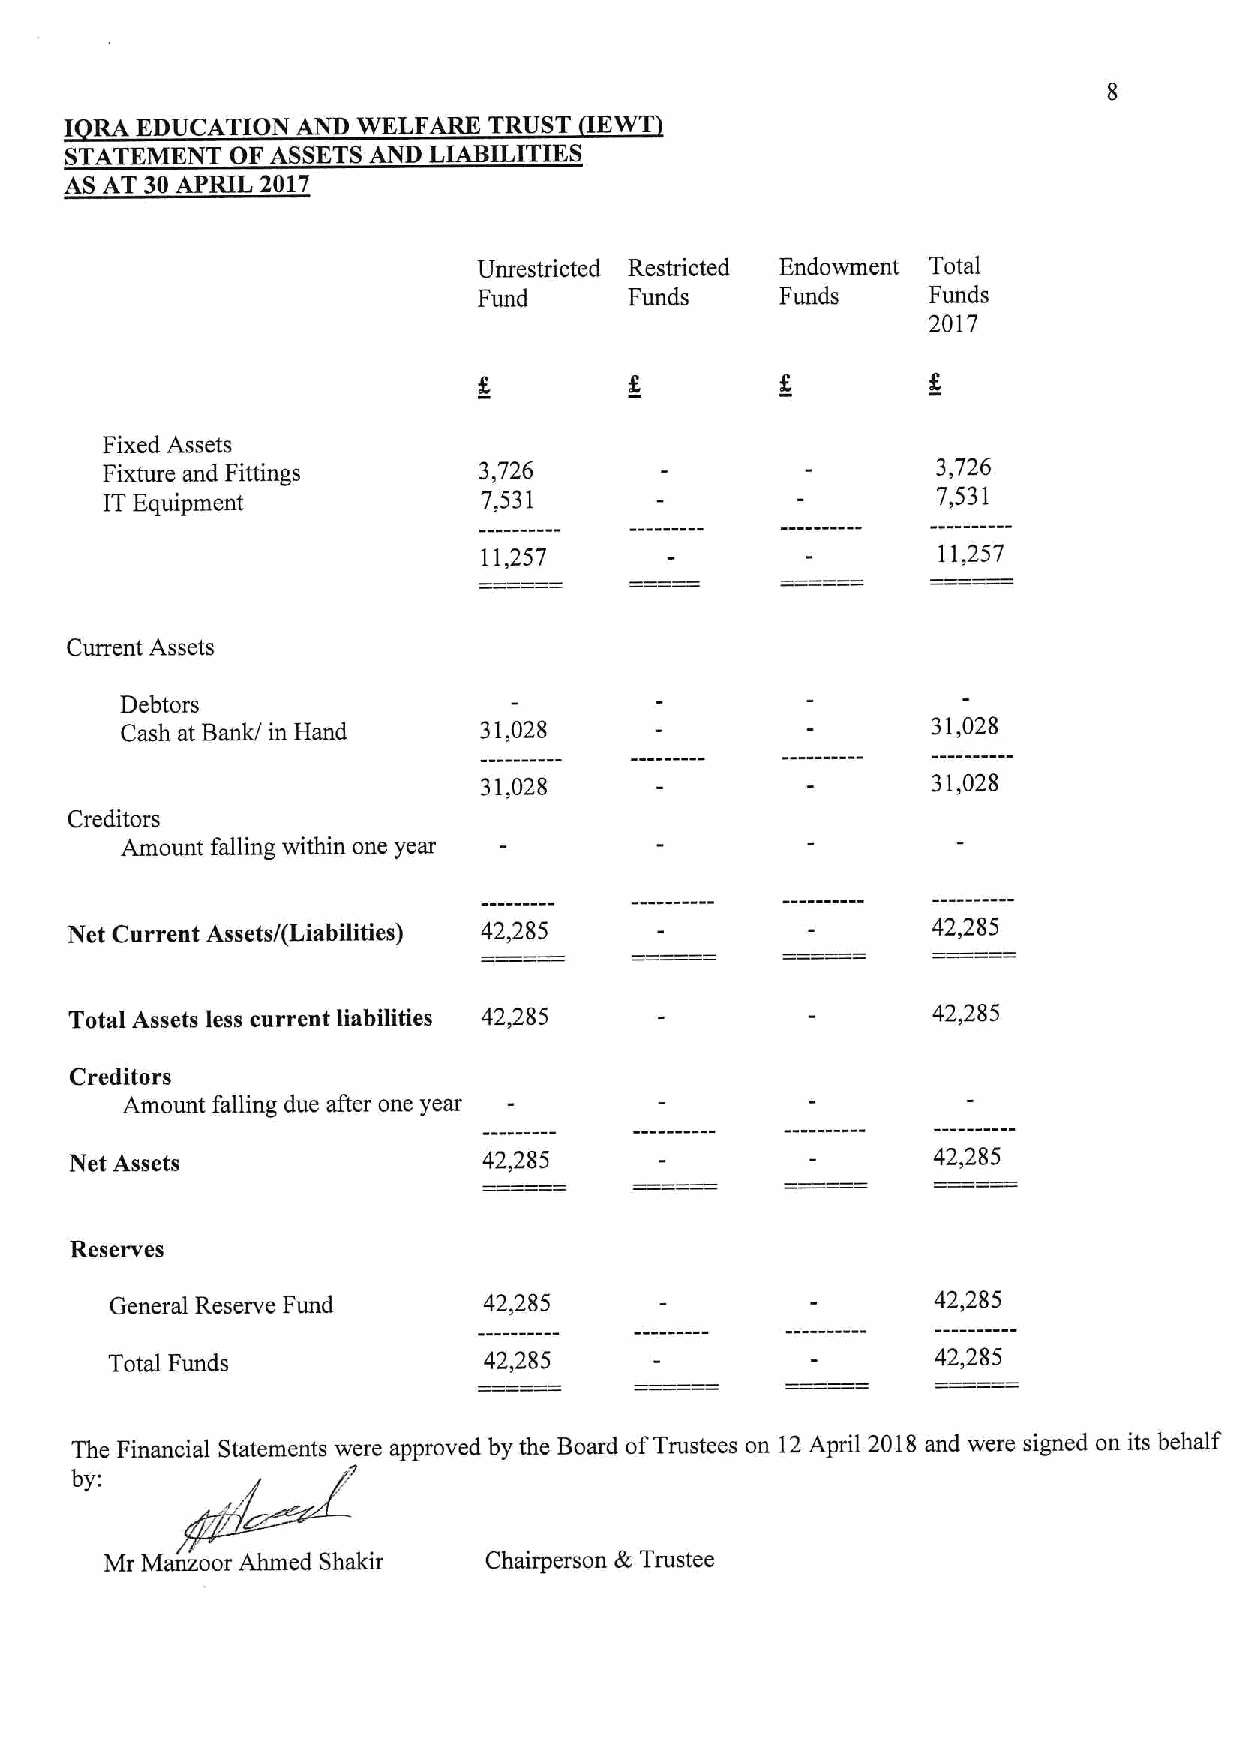
I RA EDUCATION  AND WELFARE TRUST    WT
 STATEMENT  OF ASSETS AND LIABILITIES
 AS AT 30APRIL 2017
 Unrestricted Restricted Endowment Total
 Fund      Funds     Funds    Funds
 2017
 Fixed Assets
 Fixture and Fittings     3,726                         3,726
 ITEquipment              7,531                         7,531
 11,257                        11,257
 Current Assets
 Debtors
 Cash at Bankj in Hand   31,028                        31,028
 31,028                        31,028
 Creditors
 Amount falling within one year
 Net Current Assets/(Liabilities) 42,285                   42,285
 Total Assets less current liabilities 42,285             42,285
 Creditors
 Amount falling due after one year
 Net Assets                 42,285                        42,285
 Reserves
 General Reserve Fund     42,285                        42,285
 Total Funds              42,285                        42,285
 The Financial Statements were approved by the Board ofTrustees on 12April 2018 and were signed on its behalf
 by:
 Mr Manzoor Abmed Shakir  Chairperson &Trustee